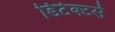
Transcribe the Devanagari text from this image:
डिटेक्टर्स